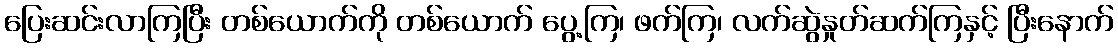
ပြေးဆင်းလာကြပြီး တစ်ယောက်ကို တစ်ယောက် ပွေ့ကြ၊ ဖက်ကြ၊ လက်ဆွဲနှုတ်ဆက်ကြနှင့် ပြီးနောက်